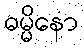
ဓမ္မိနော